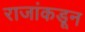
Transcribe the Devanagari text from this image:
राजांकडून